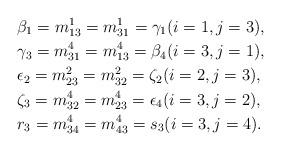
LaTeX: \begin{align*}& \beta_1= m_{13}^1 = m_{31}^1 = \gamma_1 (i=1, j=3), \\& \gamma_3= m_{31}^4 = m_{13}^4 = \beta_4 (i=3, j=1), \\& \epsilon_2= m_{23}^2 = m_{32}^2 = \zeta_2 (i=2, j=3), \\& \zeta_3= m_{32}^4 = m_{23}^4 = \epsilon_4 (i=3, j=2), \\& r_3= m_{34}^4 = m_{43}^4 = s_3 (i=3, j=4).\end{align*}